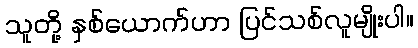
သူတို့ နှစ်ယောက်ဟာ ပြင်သစ်လူမျိုးပါ။